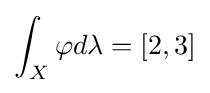
\int _{X}\varphi d\lambda =[2,3]